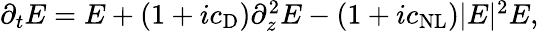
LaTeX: \begin{array}{r}{\partial_{t}E=E+(1+ic_{\mathrm{D}})\partial_{z}^{2}E-(1+ic_{\mathrm{NL}})|E|^{2}E,}\end{array}